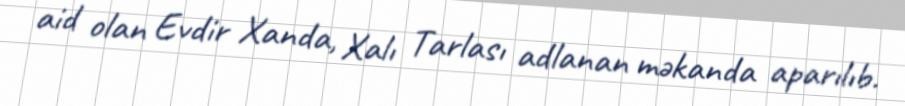
aid olan Evdir Xanda, Xalı Tarlası adlanan məkanda aparılıb.